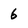
Character: 6